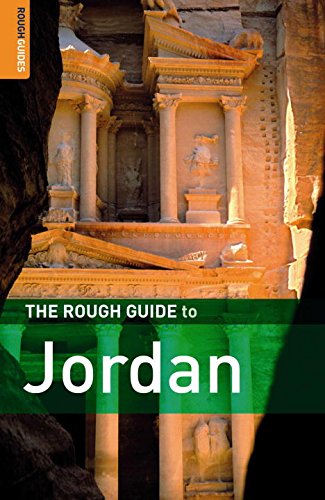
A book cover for The Rough Guide to Jordan; Matthew Teller; Travel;